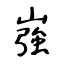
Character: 嵹